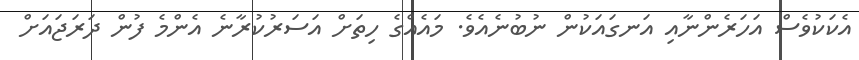
އެކަކުވެސް އަހަރެންނާއި އަނގައަކުން ނުބުނެއެވެ. މައެއްގެ ހިތަށް އަސަރުކުރާނެ އެންމެ ފުން ދަރަޖައަށް